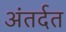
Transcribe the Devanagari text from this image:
अंतर्दत